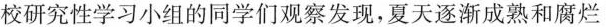
校研究性学习小组的同学们观察发现，夏天逐渐成熟和腐烂